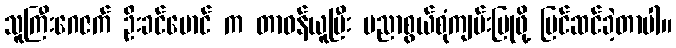
သူကြီးဂေဇက် ဦးခင်မောင် က တာဝန်ယူပြီး ပညာစွယ်စုံကျမ်းပြုဖို့ ပြင်ဆင်ခဲ့တာပါ။